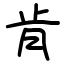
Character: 肯